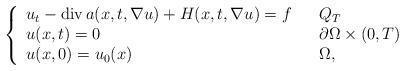
\begin{align*}\left\{\begin{array}[c]{lll}u_{t}-\operatorname{div}a(x,t,\nabla u)+H(x,t,\nabla u)=f & &Q_{T}\\u(x,t)=0 & & \partial\Omega\times\left( 0,T\right) \\u(x,0)=u_{0}(x) & & \Omega,\end{array}\right. \end{align*}